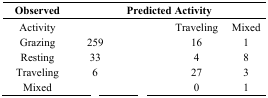
<table><thead><tr><td><b>Observed</b></td><td colspan="4"><b>Predicted Activity</b></td></tr></thead><tbody><tr><td>Activity</td><td>[EMPTY_CELL]</td><td>[EMPTY_CELL]</td><td>Traveling</td><td>Mixed</td></tr><tr><td>Grazing</td><td>259</td><td>[EMPTY_CELL]</td><td>16</td><td>1</td></tr><tr><td>Resting</td><td>33</td><td>[EMPTY_CELL]</td><td>4</td><td>8</td></tr><tr><td>Traveling</td><td>6</td><td>[EMPTY_CELL]</td><td>27</td><td>3</td></tr><tr><td>Mixed</td><td>[EMPTY_CELL]</td><td>[EMPTY_CELL]</td><td>0</td><td>1</td></tr></tbody></table>